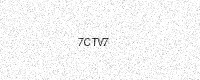
Text: 7CTV7